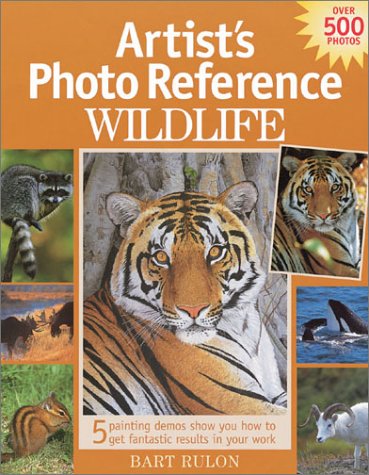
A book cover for Artist's Photo Reference: Wildlife; Bart Rulon; Arts & Photography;